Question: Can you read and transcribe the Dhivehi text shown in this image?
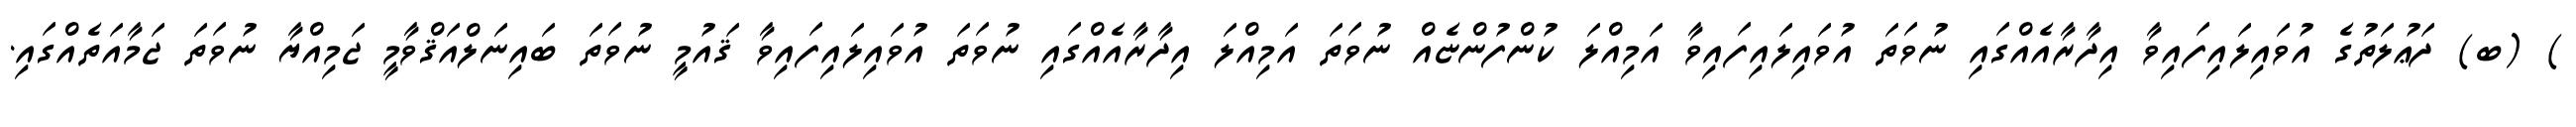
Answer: ) (ބ) ދަޢުލަތުގެ އުވައިލައިފައިވާ އިދާރާއެއްގައި ނުވަތަ އުވައިލައިފައިވާ އަމިއްލަ ކުންފުންޏެއް ނުވަތަ އަމިއްލަ އިދާރާއެއްގައި ނުވަތަ އުވައިލައިފައިވާ ޤައުމީ ނުވަތަ ބައިނަލްއަޤްވާމީ ޖަމިއްޔާ ނުވަތަ ޖަމާއަތެއްގައި.